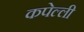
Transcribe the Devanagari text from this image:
कपेल्ली